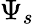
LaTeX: \Psi_{s}